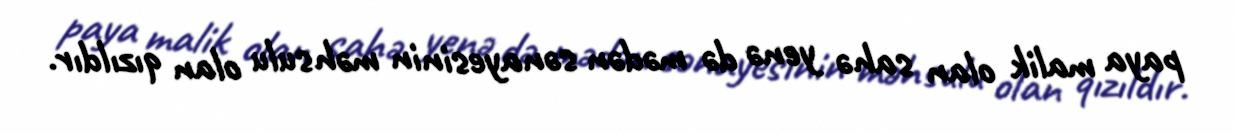
paya malik olan sahə yenə də mədən sənayesinin məhsulu olan qızıldır.